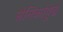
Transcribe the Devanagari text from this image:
सैनिकांपुढे